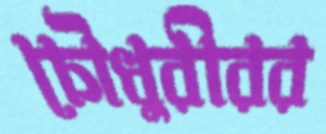
চৌধুরীরর